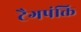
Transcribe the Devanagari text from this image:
टैगपंक्ति